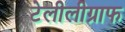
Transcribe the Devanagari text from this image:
टेलीलीग्राफ